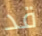
قد